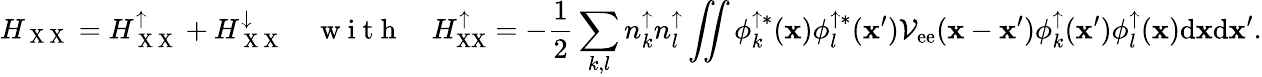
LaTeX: H_{\mathrm{~X~X~}}=H_{\mathrm{~X~X~}}^{\uparrow}+H_{\mathrm{~X~X~}}^{\downarrow}\quad\mathrm{~w~i~t~h~}\quad H_{\mathrm{XX}}^{\uparrow}=-\frac{1}{2}\sum_{k,l}n_{k}^{\uparrow}n_{l}^{\uparrow}\iint\phi_{k}^{\uparrow*}({\mathbf x})\phi_{l}^{\uparrow*}({\mathbf x}^{\prime})\mathcal{V}_{\mathrm{ee}}({\mathbf x}-{\mathbf x}^{\prime})\phi_{k}^{\uparrow}({\mathbf x}^{\prime})\phi_{l}^{\uparrow}({\mathbf x})\mathrm{d}{\mathbf x}\mathrm{d}{\mathbf x}^{\prime}.